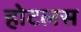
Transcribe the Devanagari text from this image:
होटलस